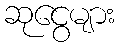
ဆုငွေများ